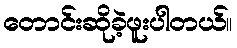
တောင်းဆိုခဲ့ဖူးပါတယ်။